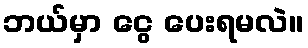
ဘယ်မှာ ငွေ ပေးရမလဲ။